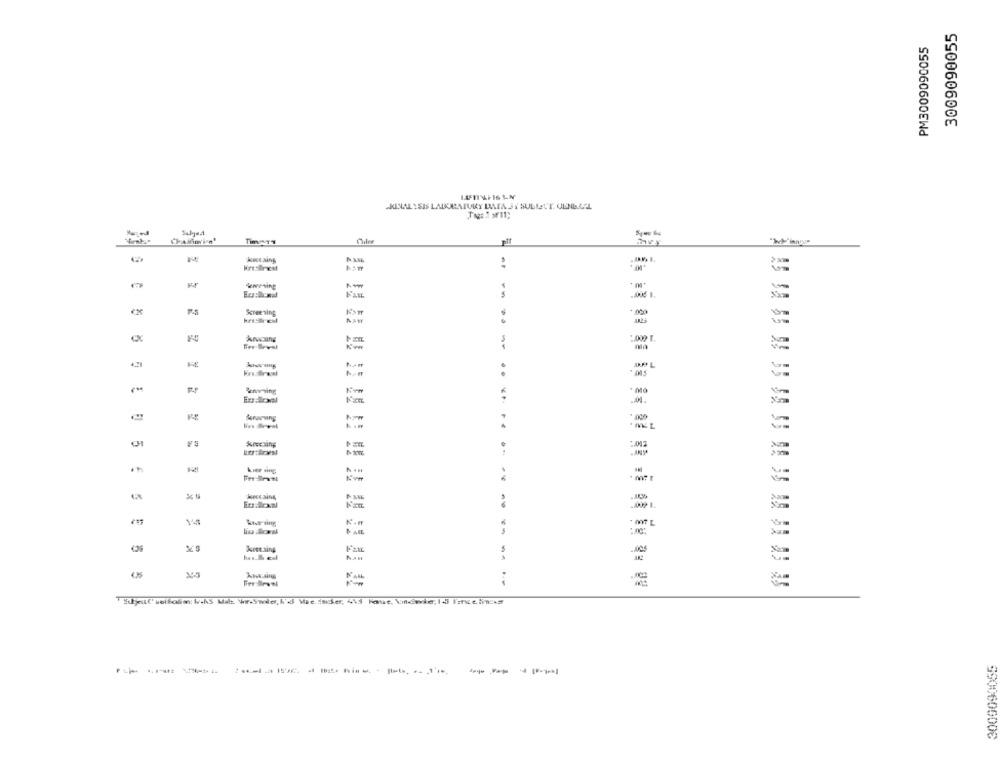
3009090055
PM3009090055
CRINAL YSIS LADURATURY DATA JY SULLETT. GENERAL
Chalovin'
IN ANE
:
Screening
*. 000
2.000 1.
framing
.......
Here aine
- --
K.m
--
kestaing
Nan
WAHL
Fre Beval
-------
-----
990060600G